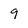
Character: 9